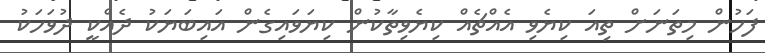
ފަހުން މިތަނަށް ތިއަ ކިޔެވި އެއްޗެއް ކިޔެވިތާކުން ކިޔަވައިގެން އައިބަޔަކު ދެއްކީ ދުވަހަކު